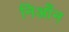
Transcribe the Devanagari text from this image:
निआँन